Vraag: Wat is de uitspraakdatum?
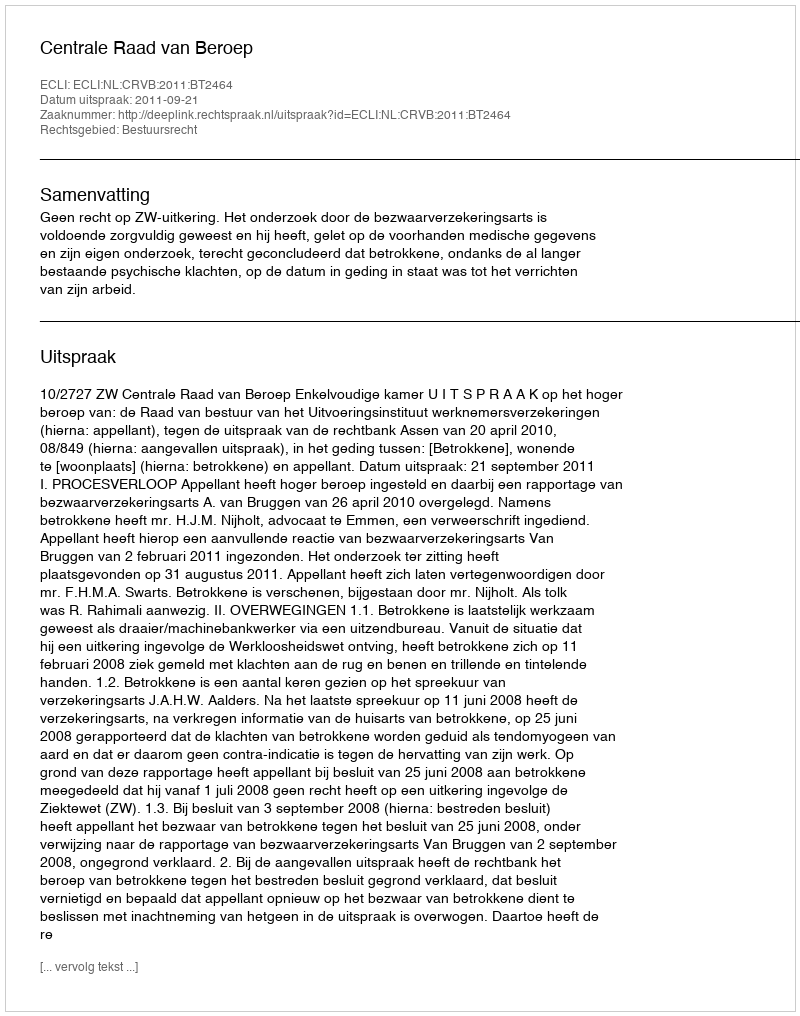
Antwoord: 2011-09-21